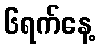
၆ရက်နေ့